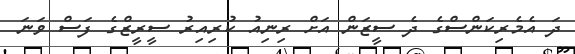
ދަ އެމެރިކަންސްގެ ދެ ސީޒަން އަށް ރިނިއު ކުރިއިރު ސީރީޒްގެ ފަސް ވަނަ